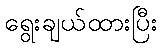
ရွေးချယ်ထားပြီး